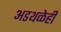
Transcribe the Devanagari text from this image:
अडथळेही